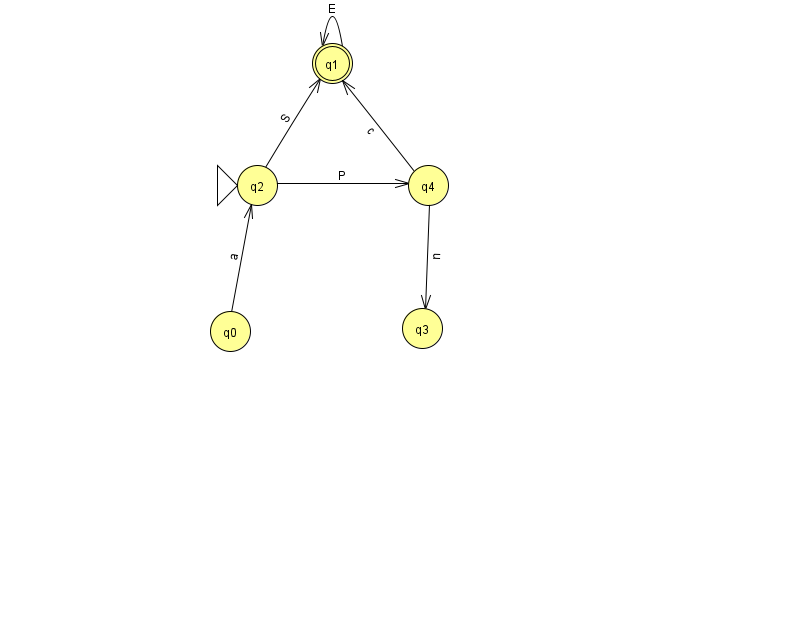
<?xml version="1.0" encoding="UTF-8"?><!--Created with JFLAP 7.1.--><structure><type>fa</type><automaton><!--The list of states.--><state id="0" name="q0"><x>230.0</x><y>318.0</y></state><state id="1" name="q1"><x>332.0</x><y>50.0</y><final/></state><state id="2" name="q2"><x>257.0</x><y>172.0</y><initial/></state><state id="3" name="q3"><x>422.0</x><y>315.0</y></state><state id="4" name="q4"><x>428.0</x><y>172.0</y></state><!--The list of transitions.--><transition><from>2</from><to>4</to><read>P</read></transition><transition><from>1</from><to>1</to><read>E</read></transition><transition><from>4</from><to>3</to><read>n</read></transition><transition><from>2</from><to>1</to><read>S</read></transition><transition><from>0</from><to>2</to><read>a</read></transition><transition><from>4</from><to>1</to><read>c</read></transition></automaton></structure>